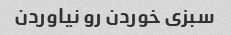
سبزى خوردن رو نیاوردن